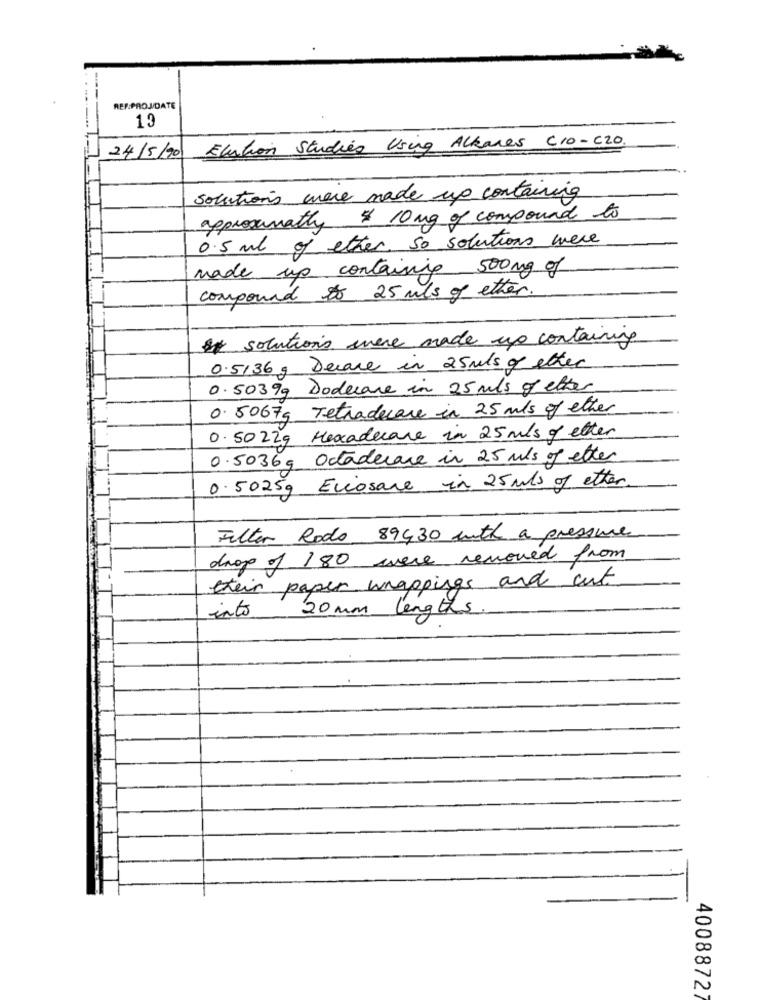
REFPROJDATE
13
Elution Studies Using Alkanes C10-C20.
24/5/20
solutions were made up containing
approximately $ 10 mg of compound to
0.5 ml of ether. so solutions were
made up containing 500mg of
compound to 25 mls of ether.
** solutions were made up containing
0.5136 , Decare in 25mls of etter
0.50399 Dodecane in 25 mls of etter
0. 5067g Tetradecare in 25 mls of ether
0.50229 Hexadecare in 25 mls of etter
0.5036, Octaderare in 25 mls of etter
0.50259 Eciosare in 25 mls of etter
Filter Rodo 89430 with a pressure
drop of 180 were removed from
their paper wrappings and cut
into 20 mm lengths
40088727